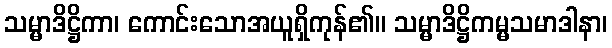
သမ္မာဒိဋ္ဌိကာ၊ ကောင်းသောအယူရှိကုန်၏။ သမ္မာဒိဋ္ဌိကမ္မသမာဒါနာ၊